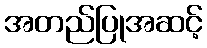
အတည်ပြုအဆင့်